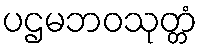
ပဌမဘဝသုတ္တံ